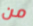
من